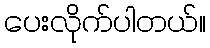
ပေးလိုက်ပါတယ်။